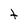
Character: t